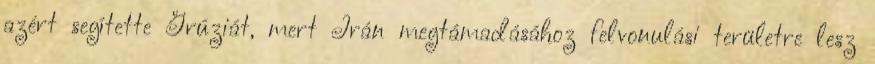
azért segítette Grúziát, mert Irán megtámadásához felvonulási területre lesz